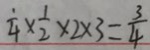
\frac { 1 } { 4 } \times \frac { 1 } { 2 } \times 2 \times 3 = \frac { 3 } { 4 }